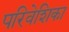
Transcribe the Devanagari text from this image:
परिवेशिका